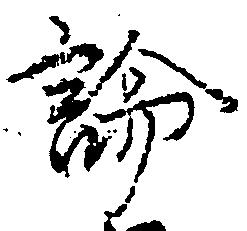
論